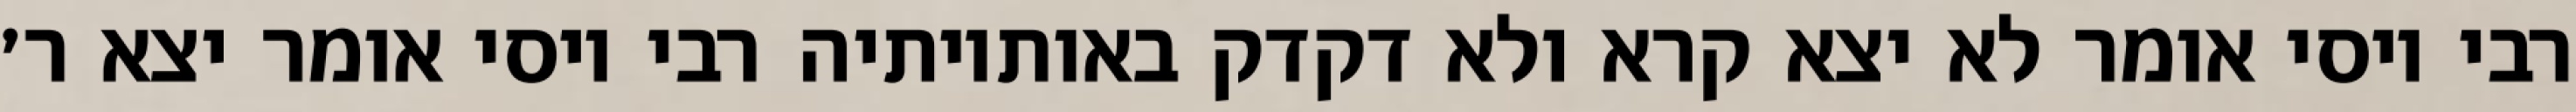
רבי יוסי אומר לא יצא קרא ולא דקדק באותיותיה רבי יוסי אומר יצא ר׳